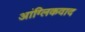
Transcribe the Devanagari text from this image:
आंग्लिकवाद